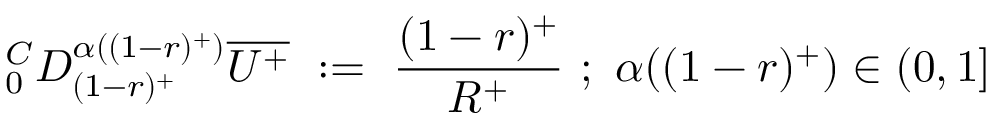
^ C _ { 0 } D _ { ( 1 - r ) ^ { + } } ^ { \alpha ( ( 1 - r ) ^ { + } ) } \overline { { U ^ { + } } } ~ : = ~ { \frac { ( 1 - r ) ^ { + } } { R ^ { + } } } ~ ; ~ \alpha ( ( 1 - r ) ^ { + } ) \in ( 0 , 1 ]